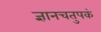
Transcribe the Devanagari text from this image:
ज्ञानचतुपकं